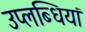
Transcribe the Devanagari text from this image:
उप्लब्धियां